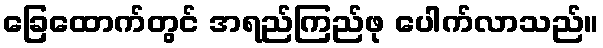
ခြေထောက်တွင် အရည်ကြည်ဖု ပေါက်လာသည်။